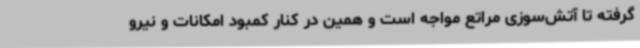
گرفته تا آتش‌سوزی مراتع مواجه است و همین در کنار کمبود امکانات و نیرو